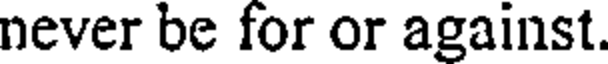
never be for or against.